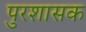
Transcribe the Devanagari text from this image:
पुरशासक